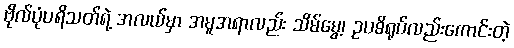
ဗိုလ်ပုံပရိသတ်ရဲ့ အလယ်မှာ အမူအရာလည်း သိမ်မွေ့၊ ဥပဓိရုပ်လည်းကောင်းတဲ့